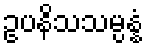
ဥပနိသသမ္ပန္နံ